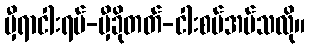
မှီရာငါးရပ်-မှီခိုတတ်-ငါးစပ်အပ်သလို။